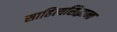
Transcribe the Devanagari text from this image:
साहित्यसिद्धान्त